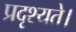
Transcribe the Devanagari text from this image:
प्रदृश्यते।